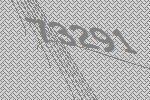
73291